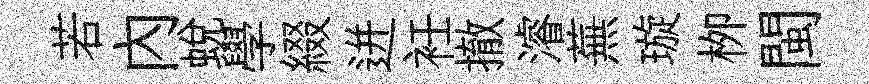
若内蜕學綴迸衽撤濬蕪璇栁閩